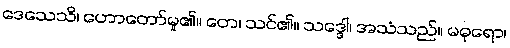
ဒေသေသိ၊ ဟောတော်မူ၏။ တေ၊ သင်၏။ သဒ္ဒေါ၊ အသံသည်။ မဓုရော၊